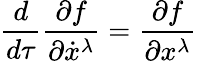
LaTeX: {\frac{d}{d\tau}}{\frac{\partial f}{\partial{\dot{x}}^{\lambda}}}={\frac{\partial f}{\partial x^{\lambda}}}